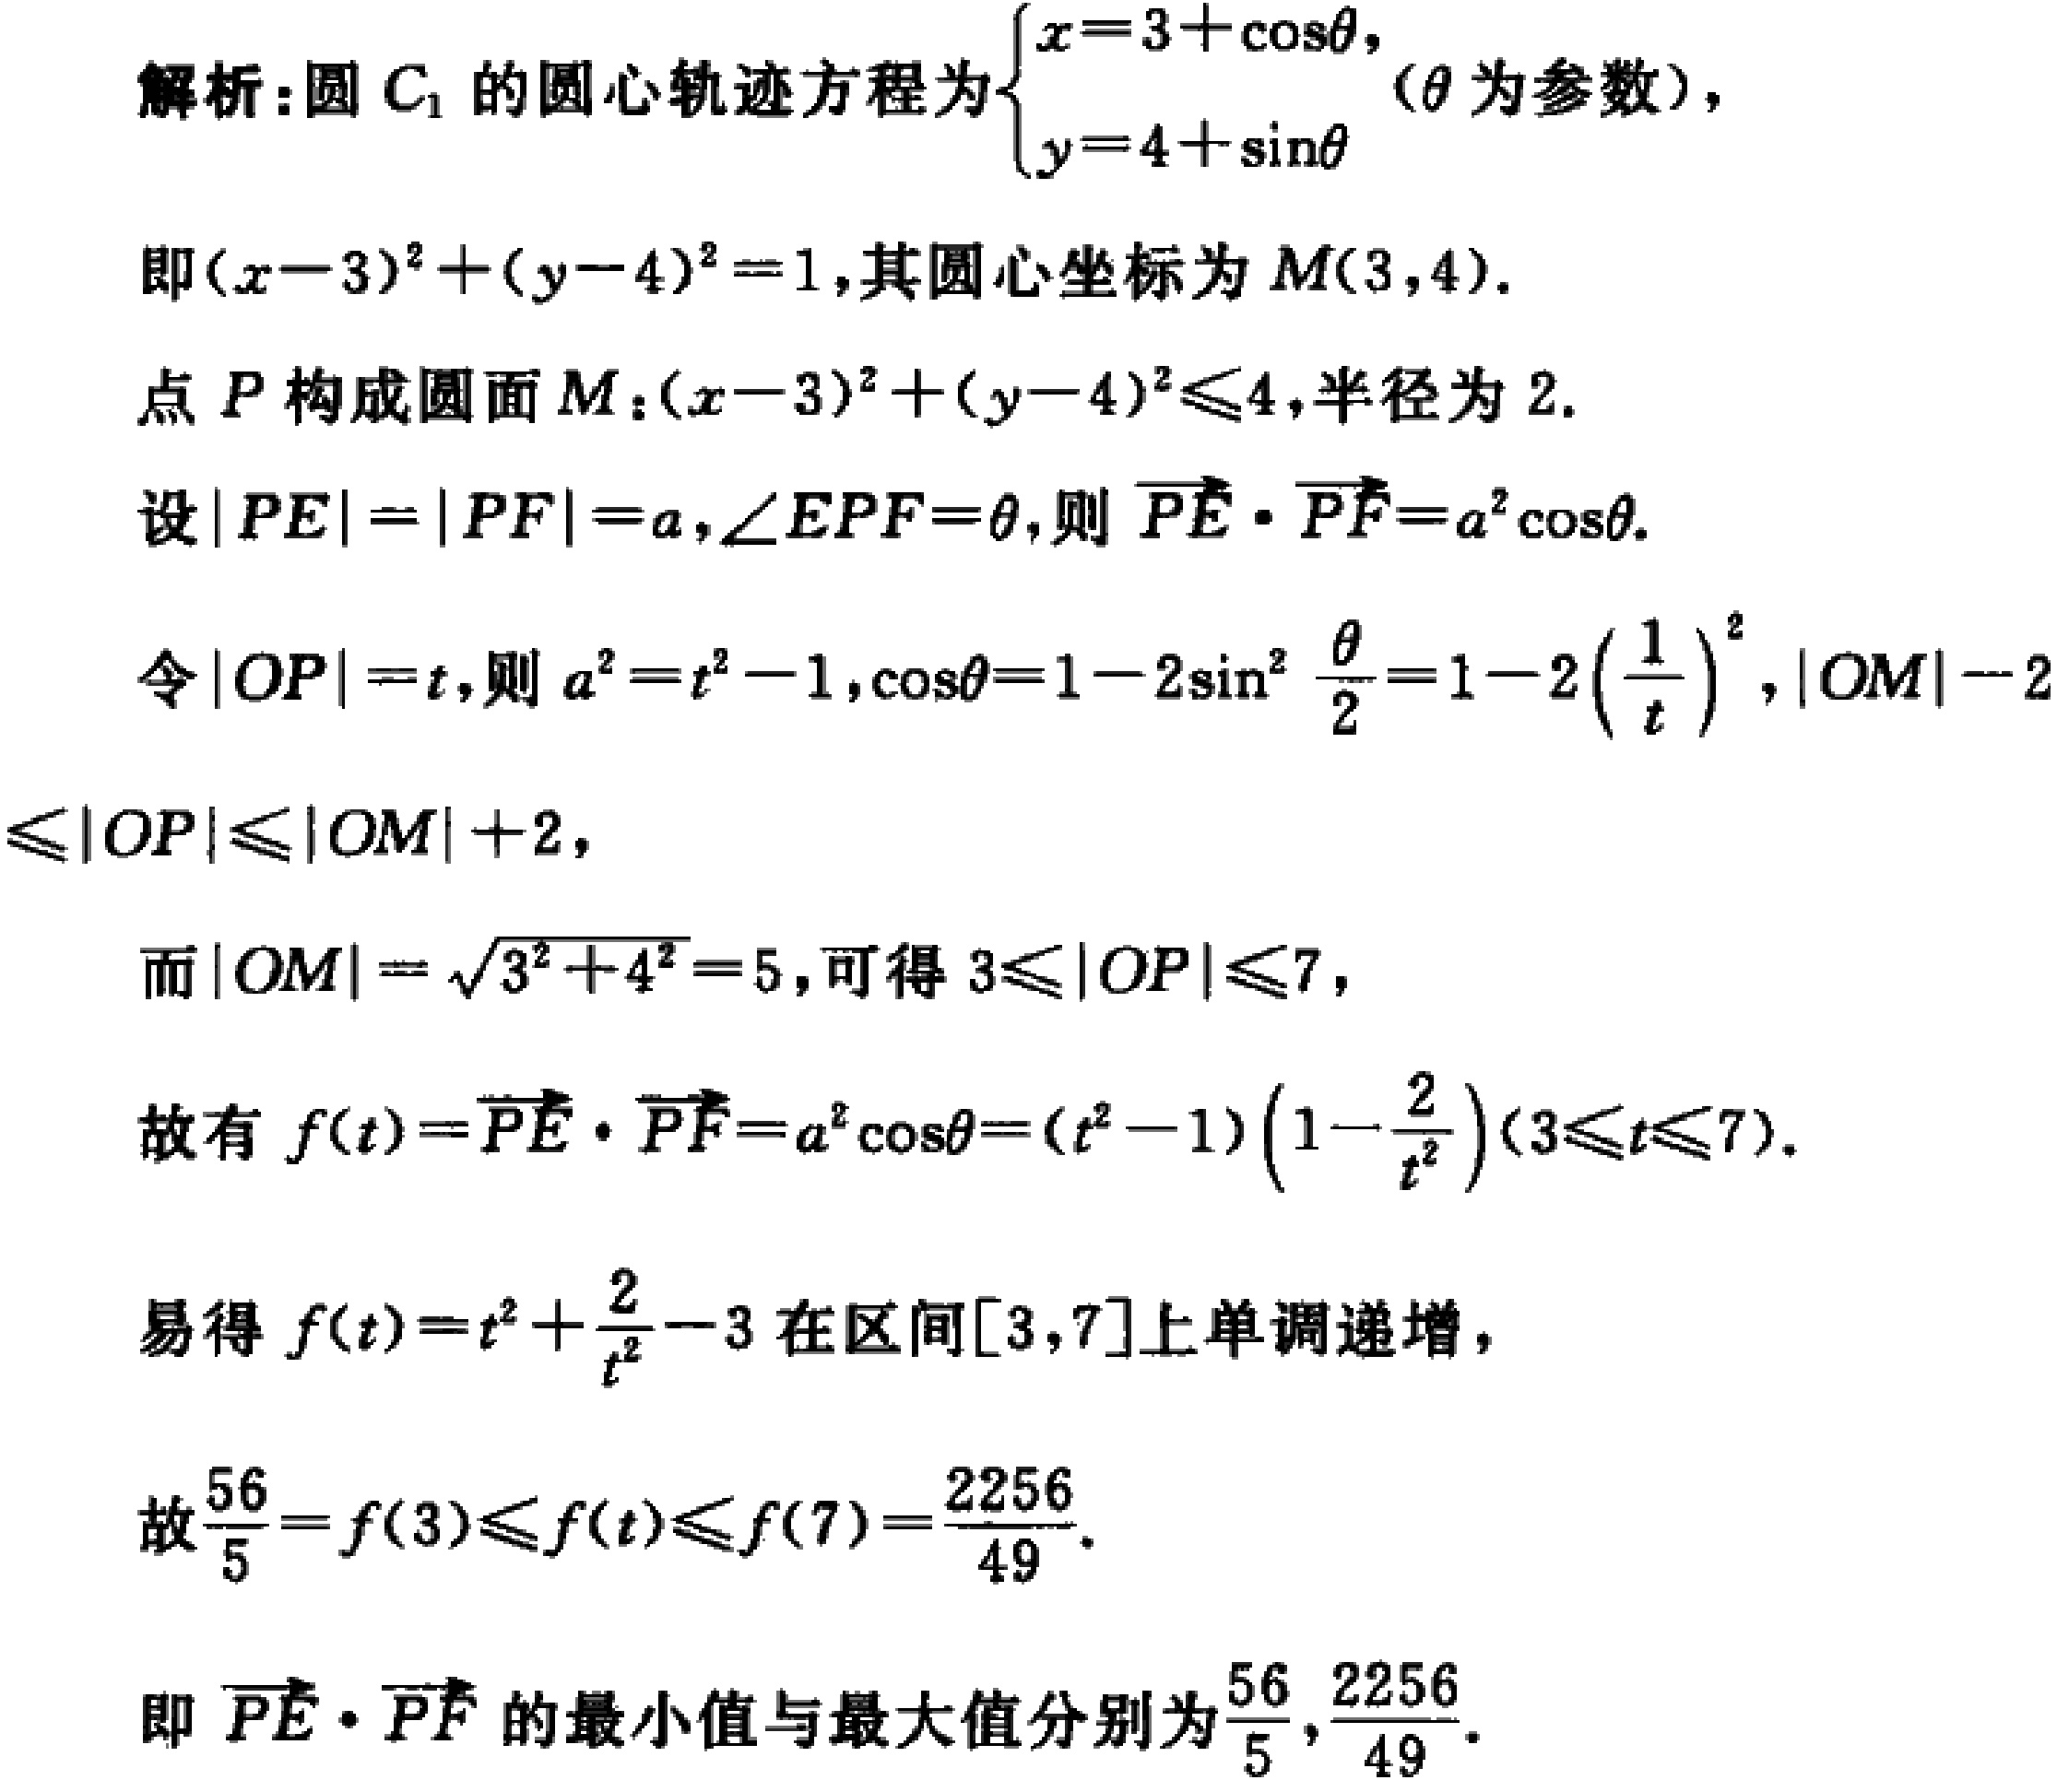
解析：圆 \(C_{1}\) 的圆心轨迹方程为\(\begin{cases}x = 3+\cos\theta,\\y = 4+\sin\theta\end{cases}\)（\(\theta\) 为参数），
即\((x - 3)^{2}+(y - 4)^{2}=1\)，其圆心坐标为 \(M(3,4)\)。
点 \(P\) 构成圆面 \(M:(x - 3)^{2}+(y - 4)^{2}\leq4\)，半径为 \(2\)。
设\(\vert PE\vert=\vert PF\vert = a\)，\(\angle EPF=\theta\)，则\(\overrightarrow{PE}\cdot\overrightarrow{PF}=a^{2}\cos\theta\)。
令\(\vert OP\vert = t\)，则\(a^{2}=t^{2}-1\)，\(\cos\theta=1 - 2\sin^{2}\frac{\theta}{2}=1 - 2\left(\frac{1}{t}\right)^{2}\)，\(\vert OM\vert - 2\leq\vert OP\vert\leq\vert OM\vert + 2\)，
而\(\vert OM\vert=\sqrt{3^{2}+4^{2}} = 5\)，可得 \(3\leq\vert OP\vert\leq7\)，
故有 \(f(t)=\overrightarrow{PE}\cdot\overrightarrow{PF}=a^{2}\cos\theta=(t^{2}-1)\left(1-\frac{2}{t^{2}}\right)(3\leq t\leq7)\)。
易得 \(f(t)=t^{2}+\frac{2}{t^{2}}-3\) 在区间\([3,7]\)上单调递增，
故\(\frac{56}{5}=f(3)\leq f(t)\leq f(7)=\frac{2256}{49}\)。
即\(\overrightarrow{PE}\cdot\overrightarrow{PF}\) 的最小值与最大值分别为\(\frac{56}{5},\frac{2256}{49}\)。